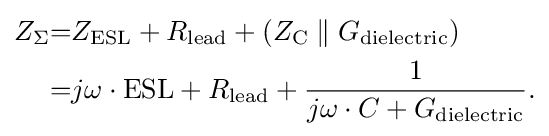
{\begin{aligned}Z_{\Sigma }&{=}Z_{\text{ESL}}+R_{\text{lead}}+(Z_{\text{C}}\parallel G_{\text{dielectric}})\\&{=}j\omega \cdot {\text{ESL}}+R_{\text{lead}}+{\frac {1}{j\omega \cdot C+G_{\text{dielectric}}}}.\end{aligned}}